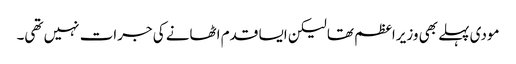
مودی پہلے بھی وزیراعظم تھا لیکن ایسا قدم اٹھانے کی جرات نہیں تھی۔